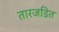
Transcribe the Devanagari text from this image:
तारजडित